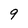
Character: 9